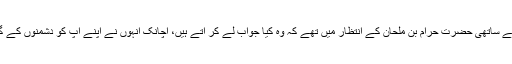
صحابہ کرامؓ اپنے ساتھی حضرت حرام بن ملحانؓ کے انتظار میں تھے کہ وہ کیا جواب لے کر آتے ہیں، اچانک انہوں نے اپنے آپ کو دشمنوں کے گھیرے میں پایا۔